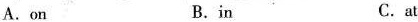
A.on B.in C. at